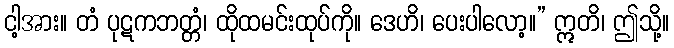
ငါ့အား။ တံ ပုဋကဘတ္တံ၊ ထိုထမင်းထုပ်ကို။ ဒေဟိ၊ ပေးပါလော့။” ဣတိ၊ ဤသို့။